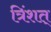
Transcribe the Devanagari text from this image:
त्रिंशत्